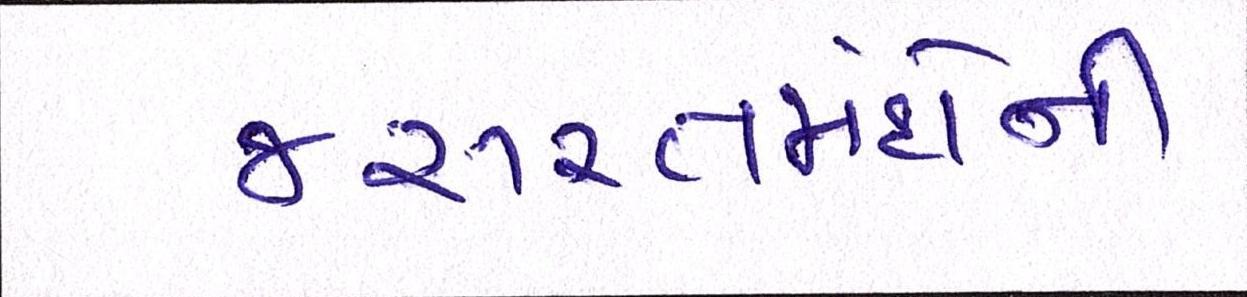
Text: જરૂરતમંદોની